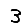
Digit: 3